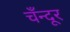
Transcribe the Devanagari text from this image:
चँन्दूर